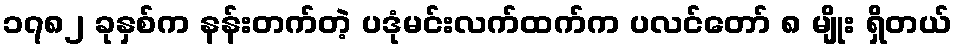
၁၇၈၂ ခုနှစ်က နန်းတက်တဲ့ ပဒုံမင်းလက်ထက်က ပလင်တော် ၈ မျိုး ရှိတယ်